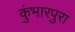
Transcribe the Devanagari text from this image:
कुंभारपुरा